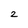
Character: z